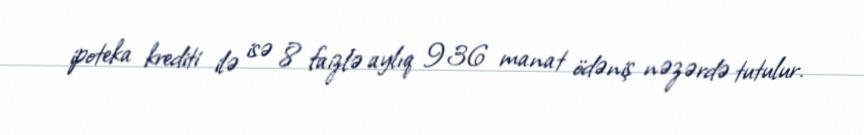
ipoteka krediti ilə isə 8 faizlə aylıq 936 manat ödəniş nəzərdə tutulur.